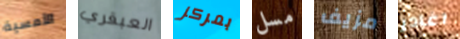
الأمسية العبقري بمركز مسل مزيف اغادر